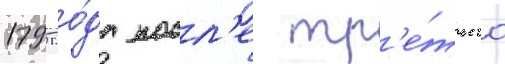
1795 го́да посл'е тр'е́тьего